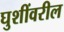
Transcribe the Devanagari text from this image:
घुशींवरील